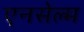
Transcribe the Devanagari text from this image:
एनसेल्म